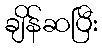
ချိန်ဆပြီး